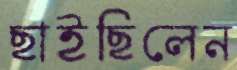
ছাইছিলেন